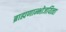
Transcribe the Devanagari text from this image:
ब्राह्मणान्भोजयित्वा